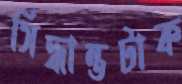
সিদ্ধান্তটাক